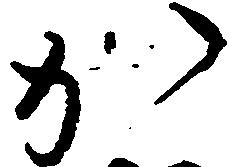
か